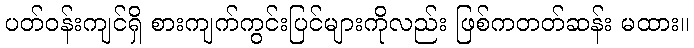
ပတ်ဝန်းကျင်ရှိ စားကျက်ကွင်းပြင်များကိုလည်း ဖြစ်ကတတ်ဆန်း မထား။